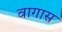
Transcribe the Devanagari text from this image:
वागास